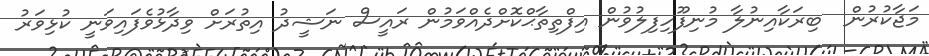
މަޖާކުރުން  ބިރަކާއިނުލާ މުނިފޫހިފިލުވުން އިފްތިތާޙްކޮށްދެއްވަމުން ރައީސް ނަޝީދު އިތުރަށް ވިދާޅުވެފައިވަނީ ކުޅިވަރު